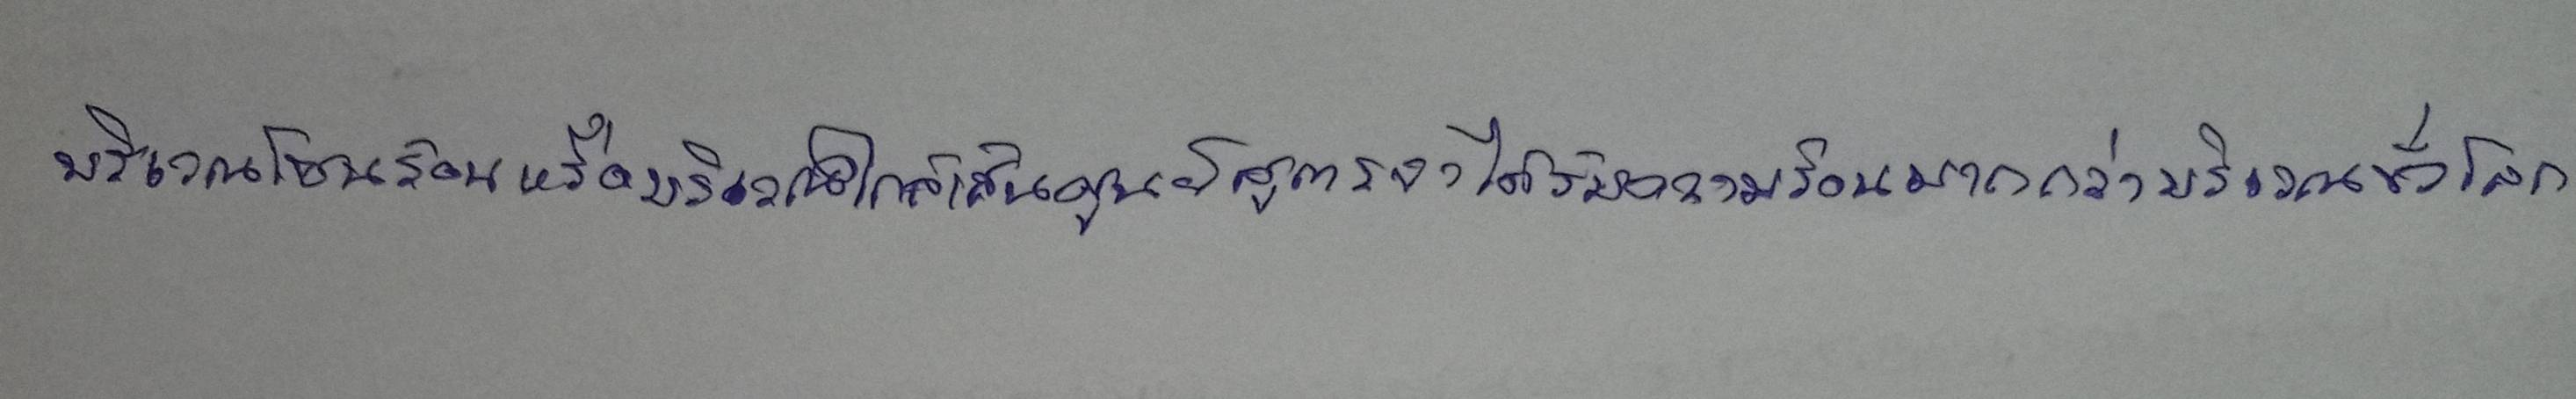
บริเวณโซนร้อนหรือบริเวณใกล้เส้นศูนย์สูตรจะได้รับความร้อนมากกว่าบริเวณขั้วโลก